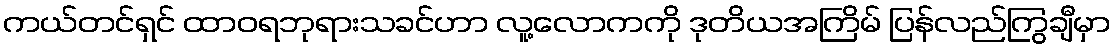
ကယ်တင်ရှင် ထာဝရဘုရားသခင်ဟာ လူ့လောကကို ဒုတိယအကြိမ် ပြန်လည်ကြွချီမှာ